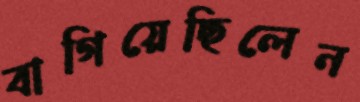
বাগিয়েছিলেন